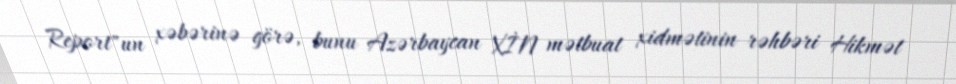
Report"un xəbərinə görə, bunu Azərbaycan XİN mətbuat xidmətinin rəhbəri Hikmət